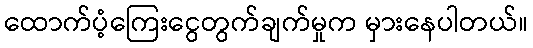
ထောက်ပံ့ကြေးငွေတွက်ချက်မှုက မှားနေပါတယ်။